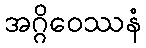
အဂ္ဂိဝေဿနံ